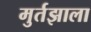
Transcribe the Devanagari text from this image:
मुर्तझाला